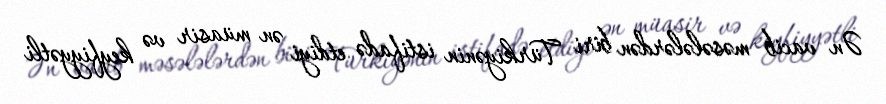
Ən vacib məsələlərdən biri Türkiyənin istifadə etdiyi ən müasir və keyfiyyətli